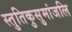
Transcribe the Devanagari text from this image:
स्तुतिकुसुमांजलि